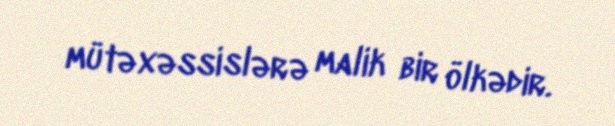
mütəxəssislərə malik bir ölkədir.